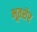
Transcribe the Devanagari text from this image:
भूतशेर